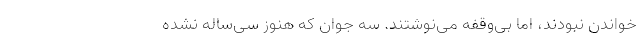
خواندن نبودند، اما بی‌وقفه می‌نوشتند. سه جوان که هنوز سی‌ساله نشده